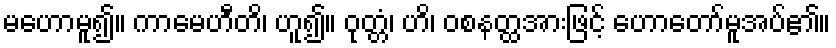
မဟောမူ၍။ ကာမေဟီတိ၊ ဟူ၍။ ဝုတ္တံ၊ ဟိ၊ ဝစနတ္ထအားဖြင့် ဟောတော်မူအပ်၏။